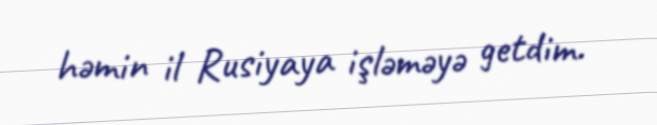
həmin il Rusiyaya işləməyə getdim.